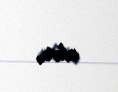
olur.